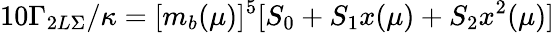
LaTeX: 10\Gamma_{2L\Sigma}/\kappa=[m_{b}(\mu)]^{5}[S_{0}+S_{1}x(\mu)+S_{2}x^{2}(\mu)]